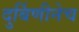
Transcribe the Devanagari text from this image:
दुर्बिणीनेच